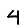
Digit: 4